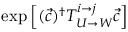
\exp \left[ ( \vec { c } ) ^ { \dagger } T _ { U \rightarrow W } ^ { i \rightarrow j } \vec { c } \right]